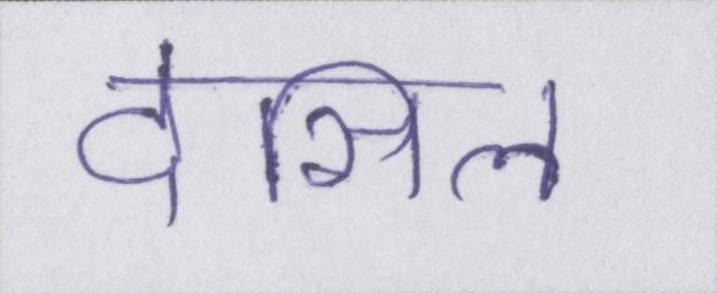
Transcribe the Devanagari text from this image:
देसिल